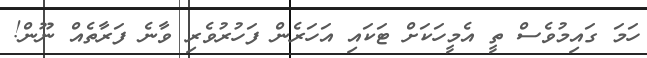
ހަމަ ގައިމުވެސް ތީ އެމީހަކަށް ޓަކައި އަހަރެން ފަހުރުވެރި ވާނެ ފަރާތެއް ނޫން!